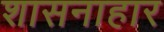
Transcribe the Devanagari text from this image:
शासनाहार